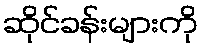
ဆိုင်ခန်းများကို